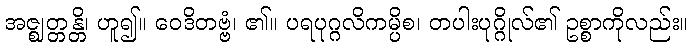
အဇ္ဈတ္တန္တိ၊ ဟူ၍။ ဝေဒိတဗ္ဗံ၊ ၏။ ပရပုဂ္ဂလိကမ္ပိစ၊ တပါးပုဂ္ဂိုလ်၏ ဥစ္စာကိုလည်း။